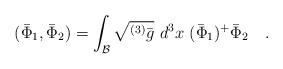
LaTeX: \begin{align*}(\bar{\Phi}_1,\bar{\Phi}_2)=\int_{\cal B}\sqrt{^{(3)}\bar{g}} ~d^3x~(\bar{\Phi}_1)^{+}\bar{\Phi}_2~~~.\end{align*}